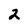
Character: 2